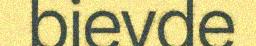
bievde